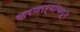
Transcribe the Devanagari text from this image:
करणाऱ्यांकडून